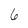
Character: 6